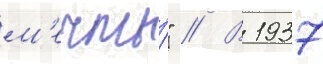
м'ечты́" // В 1937